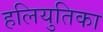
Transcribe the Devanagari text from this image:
हलियुतिका